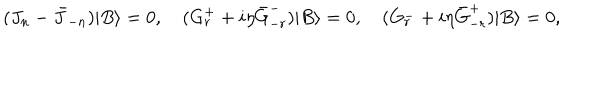
LaTeX: ( J _ { n } - \bar { J } _ { - n } ) | B \rangle = 0 , \quad ( G _ { r } ^ { + } + i \eta \bar { G } _ { - r } ^ { - } ) | B \rangle = 0 , \quad ( G _ { r } ^ { - } + i \eta \bar { G } _ { - r } ^ { + } ) | B \rangle = 0 ,